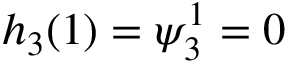
h _ { 3 } ( 1 ) = \psi _ { 3 } ^ { 1 } = 0